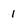
Character: 1